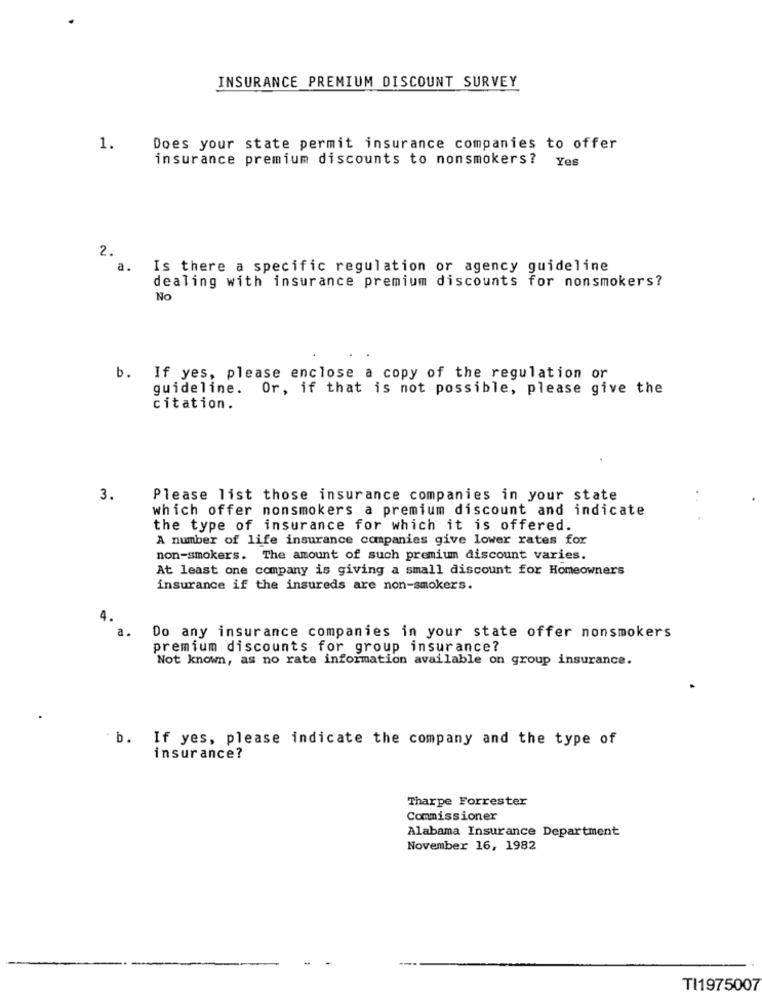
INSURANCE PREMIUM DISCOUNT SURVEY
1.
Does your state permit insurance companies to offer
insurance premium discounts to nonsmokers? Yes
2.
a.
Is there a specific regulation or agency guideline
dealing with insurance premium discounts for nonsmokers?
No
b.
If yes, please enclose a copy of the regulation or
guideline. Or, if that is not possible, please give the
citation.
3.
Please list those insurance companies in your state
which offer nonsmokers a premium discount and indicate
the type of insurance for which it is offered.
A number of life insurance companies give lower rates for
non-smokers. The amount of such premium discount varies.
At least one company is giving a small discount for Homeowners
insurance if the insureds are non-smokers.
a.
Do any insurance companies in your state offer nonsmokers
premium discounts for group insurance?
Not known, as no rate information available on group insurance.
b. If yes, please indicate the company and the type of
insurance?
Tharpe Forrester
Commissioner
Alabama Insurance Department
November 16, 1982
TI1975007